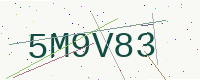
Text: 5M9V83